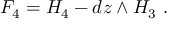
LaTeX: F _ { 4 } = H _ { 4 } - d z \wedge H _ { 3 } ~ .